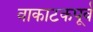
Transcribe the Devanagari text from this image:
वाकाटकपूर्व